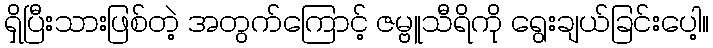
ရှိပြီးသားဖြစ်တဲ့ အတွက်ကြောင့် ဇမ္ဗူသီရိကို ရွေးချယ်ခြင်းပေါ့။